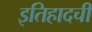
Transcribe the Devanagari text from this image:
इतिहादची